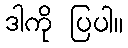
ဒါကို ပြပါ။